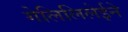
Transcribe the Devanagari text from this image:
गेलिलिलेईने